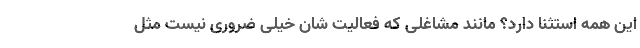
این همه استثنا دارد؟ مانند مشاغلی که فعالیت شان خیلی ضروری نیست مثل